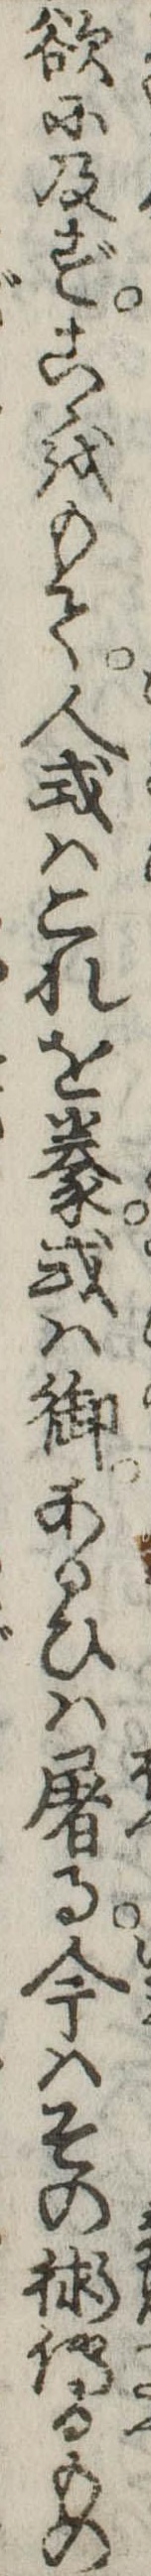
欲に及ずこゝをもて人或はこれを豢或は御あるひは屠る今はその術伝るもの